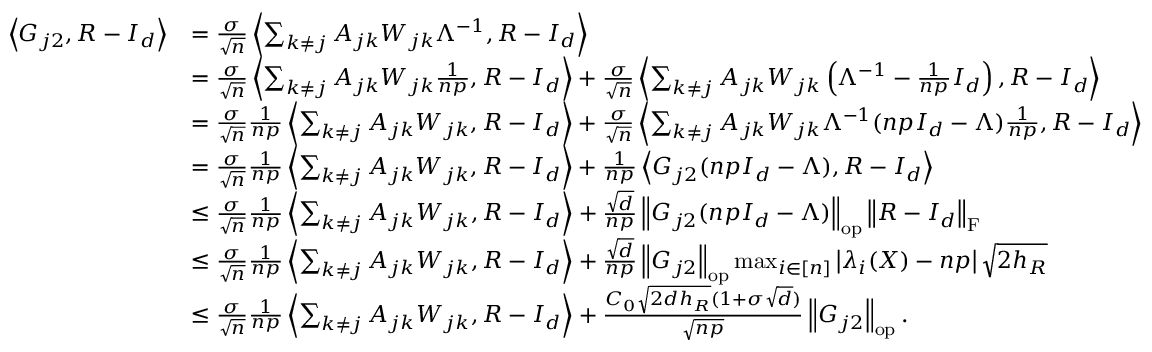
\begin{array} { r l } { \left\langle G _ { j 2 } , R - I _ { d } \right\rangle } & { = \frac { \sigma } { \sqrt { n } } \left\langle \sum _ { k \neq j } A _ { j k } W _ { j k } \Lambda ^ { - 1 } , R - I _ { d } \right\rangle } \\ & { = \frac { \sigma } { \sqrt { n } } \left\langle \sum _ { k \neq j } A _ { j k } W _ { j k } \frac { 1 } { n p } , R - I _ { d } \right\rangle + \frac { \sigma } { \sqrt { n } } \left\langle \sum _ { k \neq j } A _ { j k } W _ { j k } \left( \Lambda ^ { - 1 } - \frac { 1 } { n p } I _ { d } \right) , R - I _ { d } \right\rangle } \\ & { = \frac { \sigma } { \sqrt { n } } \frac { 1 } { n p } \left\langle \sum _ { k \neq j } A _ { j k } W _ { j k } , R - I _ { d } \right\rangle + \frac { \sigma } { \sqrt { n } } \left\langle \sum _ { k \neq j } A _ { j k } W _ { j k } \Lambda ^ { - 1 } ( n p I _ { d } - \Lambda ) \frac { 1 } { n p } , R - I _ { d } \right\rangle } \\ & { = \frac { \sigma } { \sqrt { n } } \frac { 1 } { n p } \left\langle \sum _ { k \neq j } A _ { j k } W _ { j k } , R - I _ { d } \right\rangle + \frac { 1 } { n p } \left\langle G _ { j 2 } ( n p I _ { d } - \Lambda ) , R - I _ { d } \right\rangle } \\ & { \leq \frac { \sigma } { \sqrt { n } } \frac { 1 } { n p } \left\langle \sum _ { k \neq j } A _ { j k } W _ { j k } , R - I _ { d } \right\rangle + \frac { \sqrt { d } } { n p } \left\| { G _ { j 2 } ( n p I _ { d } - \Lambda ) } \right\| _ { \mathrm { o p } } \left\| { R - I _ { d } } \right\| _ { \mathrm { F } } } \\ & { \leq \frac { \sigma } { \sqrt { n } } \frac { 1 } { n p } \left\langle \sum _ { k \neq j } A _ { j k } W _ { j k } , R - I _ { d } \right\rangle + \frac { \sqrt { d } } { n p } \left\| { G _ { j 2 } } \right\| _ { \mathrm { o p } } \operatorname* { m a x } _ { i \in [ n ] } \left| \lambda _ { i } ( X ) - n p \right| \sqrt { 2 h _ { R } } } \\ & { \leq \frac { \sigma } { \sqrt { n } } \frac { 1 } { n p } \left\langle \sum _ { k \neq j } A _ { j k } W _ { j k } , R - I _ { d } \right\rangle + \frac { C _ { 0 } \sqrt { 2 d h _ { R } } ( 1 + \sigma \sqrt { d } ) } { \sqrt { n p } } \left\| { G _ { j 2 } } \right\| _ { \mathrm { o p } } . } \end{array}